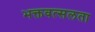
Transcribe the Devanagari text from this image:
भक्तवत्सलता